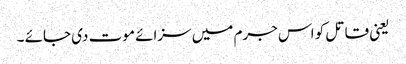
یعنی قاتل کو اس جرم میں سزائے موت دی جائے ۔